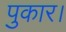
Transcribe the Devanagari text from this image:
पुकार।